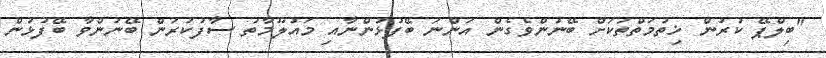
"ބިލްޕޭ ކުރުން ޚިތުމަތްތަކަށް ބޭނުންވެގެން އަންނަ ބޭފުޅުންނާއި މައުލޫމާތު ސާފުކުރަން ބޭނުންވާ ބޭފުޅުން